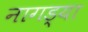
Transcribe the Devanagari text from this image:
नागड्या